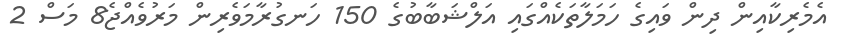
އެމެރިކާއިން ދިން ވައިގެ ހަމަލާތަކެއްގައި އަލްޝަބާބުގެ 150 ހަނގުރާމަވެރިން މަރުވެއްޖެ8 މަސް 2